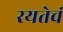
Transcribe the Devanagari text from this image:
रयतेचं